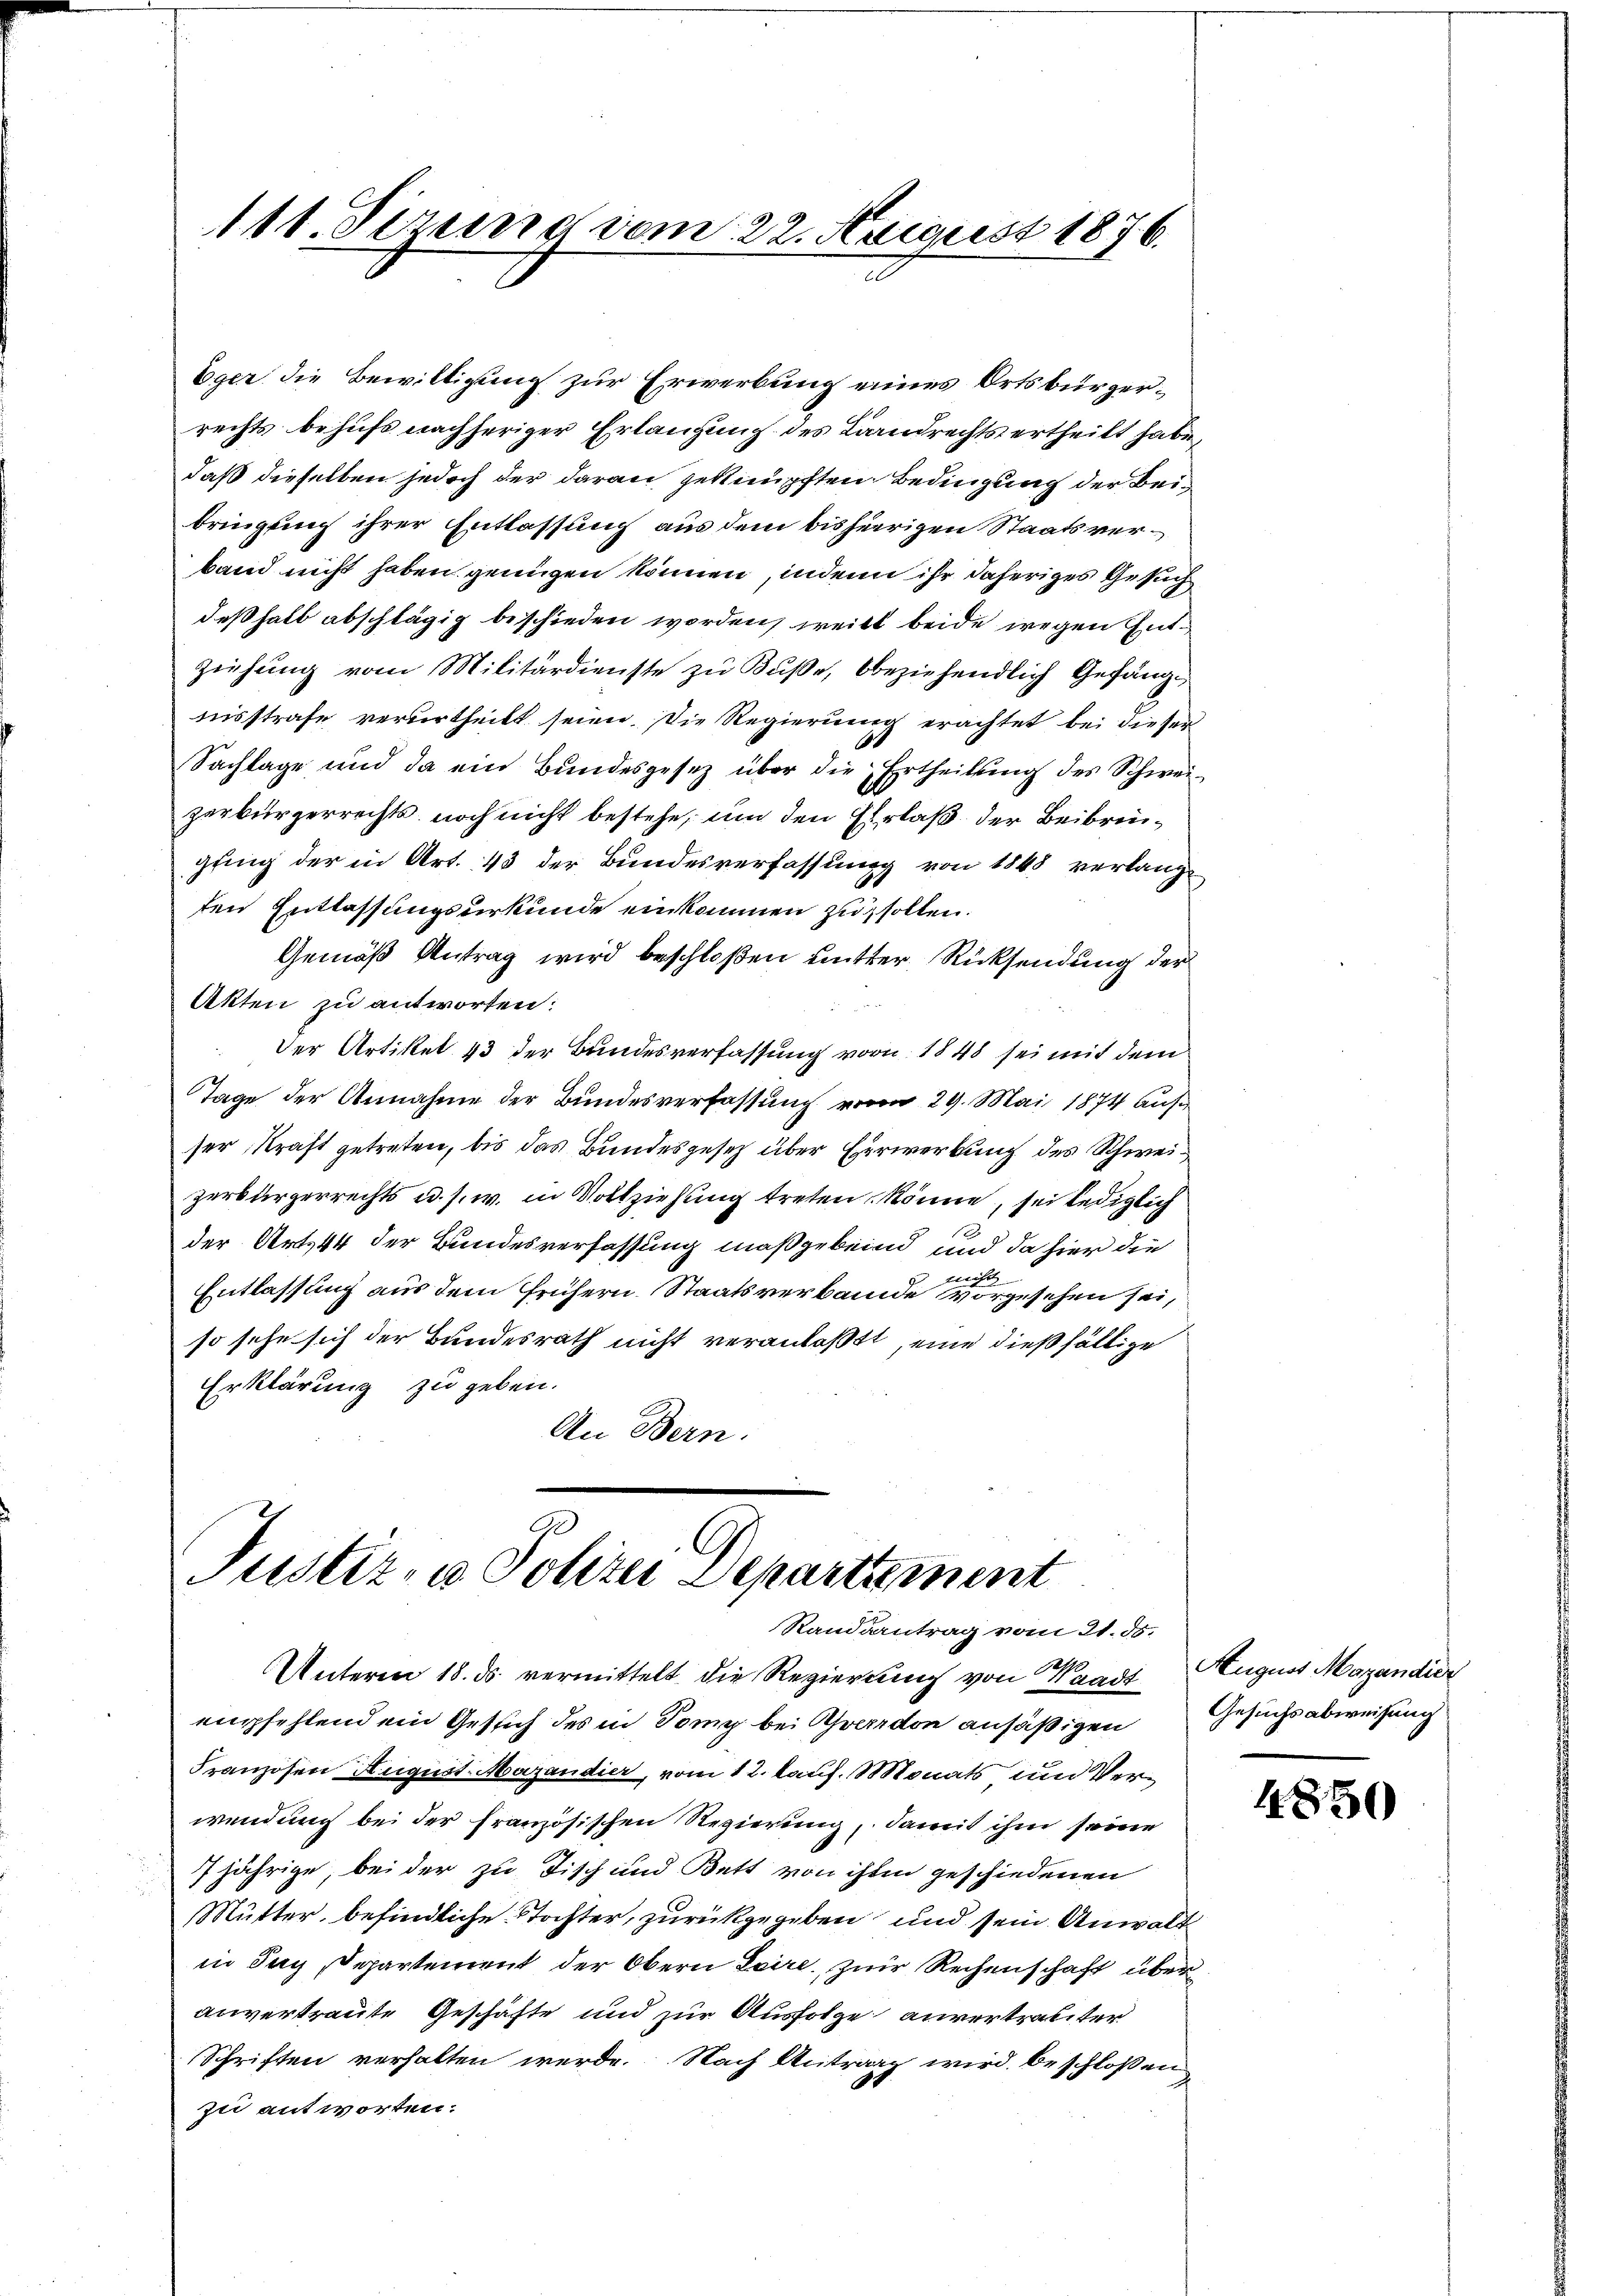
111. Ferung vom 22. August 1876.

Eger die Bewilligung zur Erwerbung eines Ortsbürgerrechts behufs nachheriger Erlangung des Landrechts ertheilt habe,
daß dieselben jedoch der daran geknüpften Bedingung der Beibringung ihrer Entlassung aus dem bisherigen Staatsverband nicht haben genügen können, inden ihr daheriges Gesuch
deßhalb abschlägig beschieden worden, weilt beide wegen Ent¬
Zeichung vom Militärdienste zu Buße, beziehendlich Gefängtnisstrafe verurtheilt seien. Die Regierung erachtet bei dieser
Sachlage und da ein Bundesgesetz über die Ertheilung des Schweizerbürgerrechts noch nicht bestehe, um den Ehrlaß der Beibringung der in Art. 43 der Bundesverfassung von 1848 verlangten Entlassungsurkunde einkommen zu sollen.
Gemäß Antrag wird beschloßen mutter Rücksendung der
Akten zu antworten:
Der Artikel 43 der Bundesverfassung vorn 1848 sei mit dem
Tage der Annahme der Bundesverfassung vom 29. Mai 1874 aufser Kraft getreten, bis das Bundesgesetz über Erwerbung des Schweizerbürgerrechts u. s. w. in Vollziehung treten, könne, sei lediglich
1
der Art. 44 der Bundesverfassung maßgebend und da hier die
Entlassung aus dem frühern Staatsverbande vorgesehen sei,
so sehe sich der Bundesrath nicht veranlaßt, eine dießfällige
Erklärung zu geben.
An Bern.

Justiz, u. Polizei Departement
Randsantrag vom 21. ds.

Unterm 18. ds. vermittelt die Regierung von Waadt August Magandier
empfehlend ein Gesich des in Tony bei verdon ansäßigen Gesuchsabweisung
Franzosen August Magandier, vom 12. lauf. Monats um Verwendung bei der französischen Regierung, damit ihm seine
7jährige, bei der zu Tisch und Bett von ihm geschiedenen
Mutter, befindliche Stochter, zurückgegeben und sein Anwalt
in Tag, Departement der Obern Laire, zur Rechenschaft über
anvertraute Geschäfte und zur Ausfolge anvertrauter
Schriften verhalten werde. Nach Antrag wird beschloßen
zu antworten.

9

4850